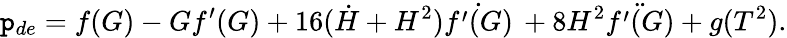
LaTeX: \mathtt{p}_{de}=f(G)-Gf^{\prime}(G)+16(\dot{{H}}+H^{2})\dot{{f^{\prime}(G)}}\, +8H^{2}\ddot{{f^{\prime}(G)}}+g(T^{2}).